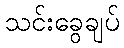
သင်းခွေချပ်